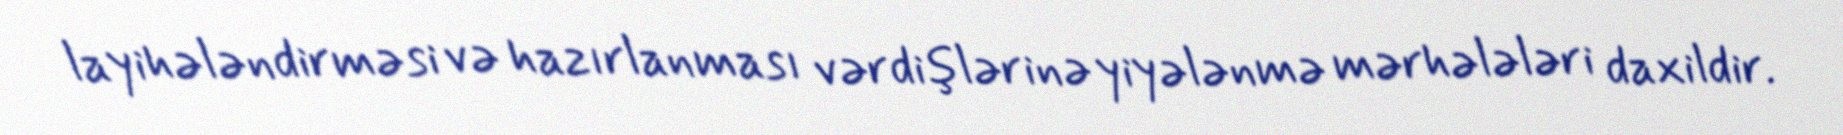
layihələndirməsi və hazırlanması vərdişlərinə yiyələnmə mərhələləri daxildir.